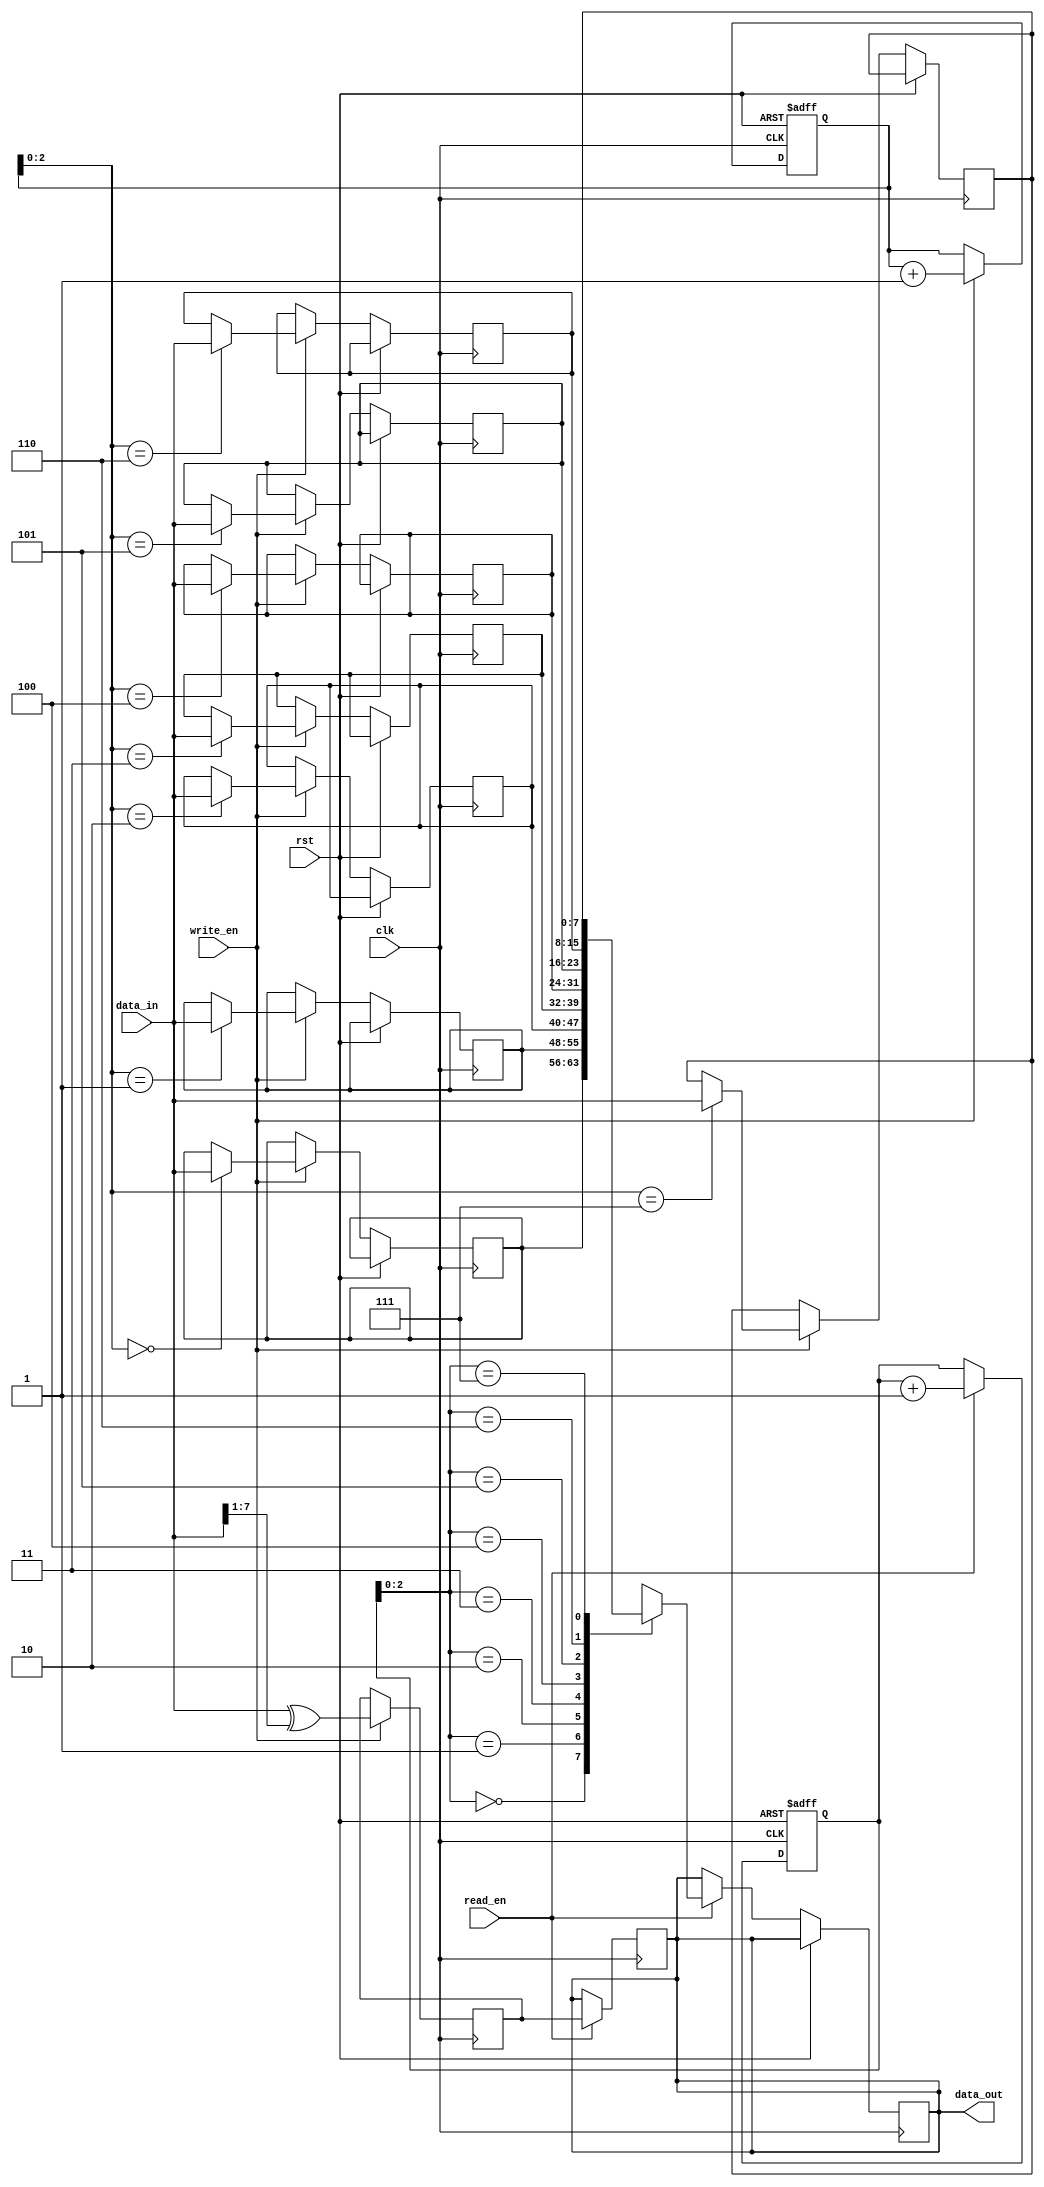
module gray_fifo (
  input wire clk,
  input wire rst,
  input wire write_en,
  input wire read_en,
  input wire [7:0] data_in,
  output reg [7:0] data_out
);

reg [7:0] memory [0:7];
reg [3:0] read_ptr, write_ptr;
reg [7:0] gray_code;

always @(posedge clk or posedge rst) begin
  if (rst) begin
    read_ptr <= 0;
    write_ptr <= 0;
  end else begin
    if (write_en) begin
      memory[write_ptr] <= data_in;
      write_ptr <= write_ptr + 1;
    end
    if (read_en) begin
      data_out <= memory[read_ptr];
      read_ptr <= read_ptr + 1;
    end
  end
end

always @(posedge clk) begin
  if (write_en) begin
    gray_code <= data_in ^ (data_in >> 1);
  end
end

always @(posedge clk) begin
  if (read_en) begin
    data_out <= gray_code;
  end
end

endmodule